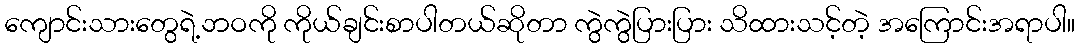
ကျောင်းသားတွေရဲ့ဘဝကို ကိုယ်ချင်းစာပါတယ်ဆိုတာ ကွဲကွဲပြားပြား သိထားသင့်တဲ့ အကြောင်းအရာပါ။